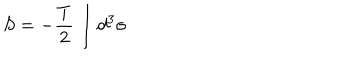
S = - \frac { T } { 2 } \int d ^ { 3 } \sigma